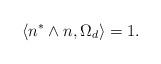
LaTeX: \begin{align*} \langle n^*\wedge n,\Omega_d\rangle =1.\end{align*}